画像に写った文字を読んでください
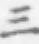
「三」と書いてあります